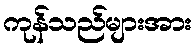
ကုန်သည်များအား